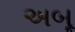
અબૂ